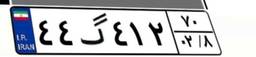
۴۴گ۴۱۲۷۰